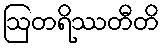
ဩတရိဿတီတိ